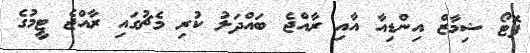
ފޮޓޯ ޝިމާޒް އިންޑިއާ އާއި ރާއްޖެ ބައްދަލު ކުރި މެޗުގައި ރާއްޖެ ޓީމުގެ